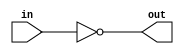
module inversor(
    input in,
    output out,
    );
    
    assign out = ~in;
endmodule